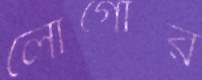
লোগোর